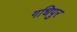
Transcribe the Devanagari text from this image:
गधिपुर